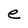
Character: e